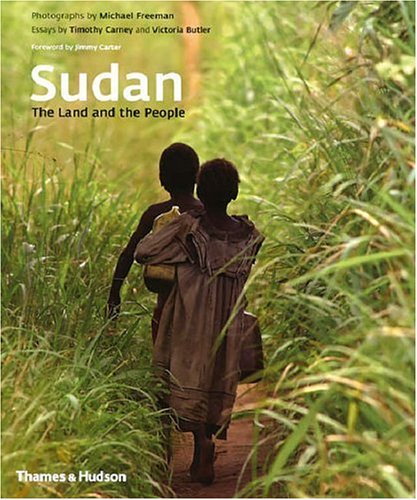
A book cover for Sudan: The Land and the People; Timothy Carney; Travel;